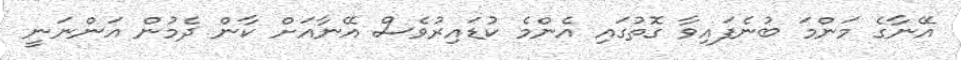
އޭނާގެ މަންމަ ބުނެފައިވާ ގޮތުގައި އެންމެ ކުޑައިރުވެސް އޭނާއަށް ކާން ދެމުން އަންނަނީ